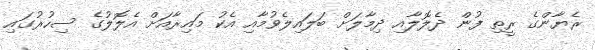
ރެޔާންގެ ރީތި ފުން ދެލޮލާއި ދިމާލަށް ބަލައިލެވުމާއި އެކު މައިރާއަށް އެލޮލުގެ ސިހުރުގައި